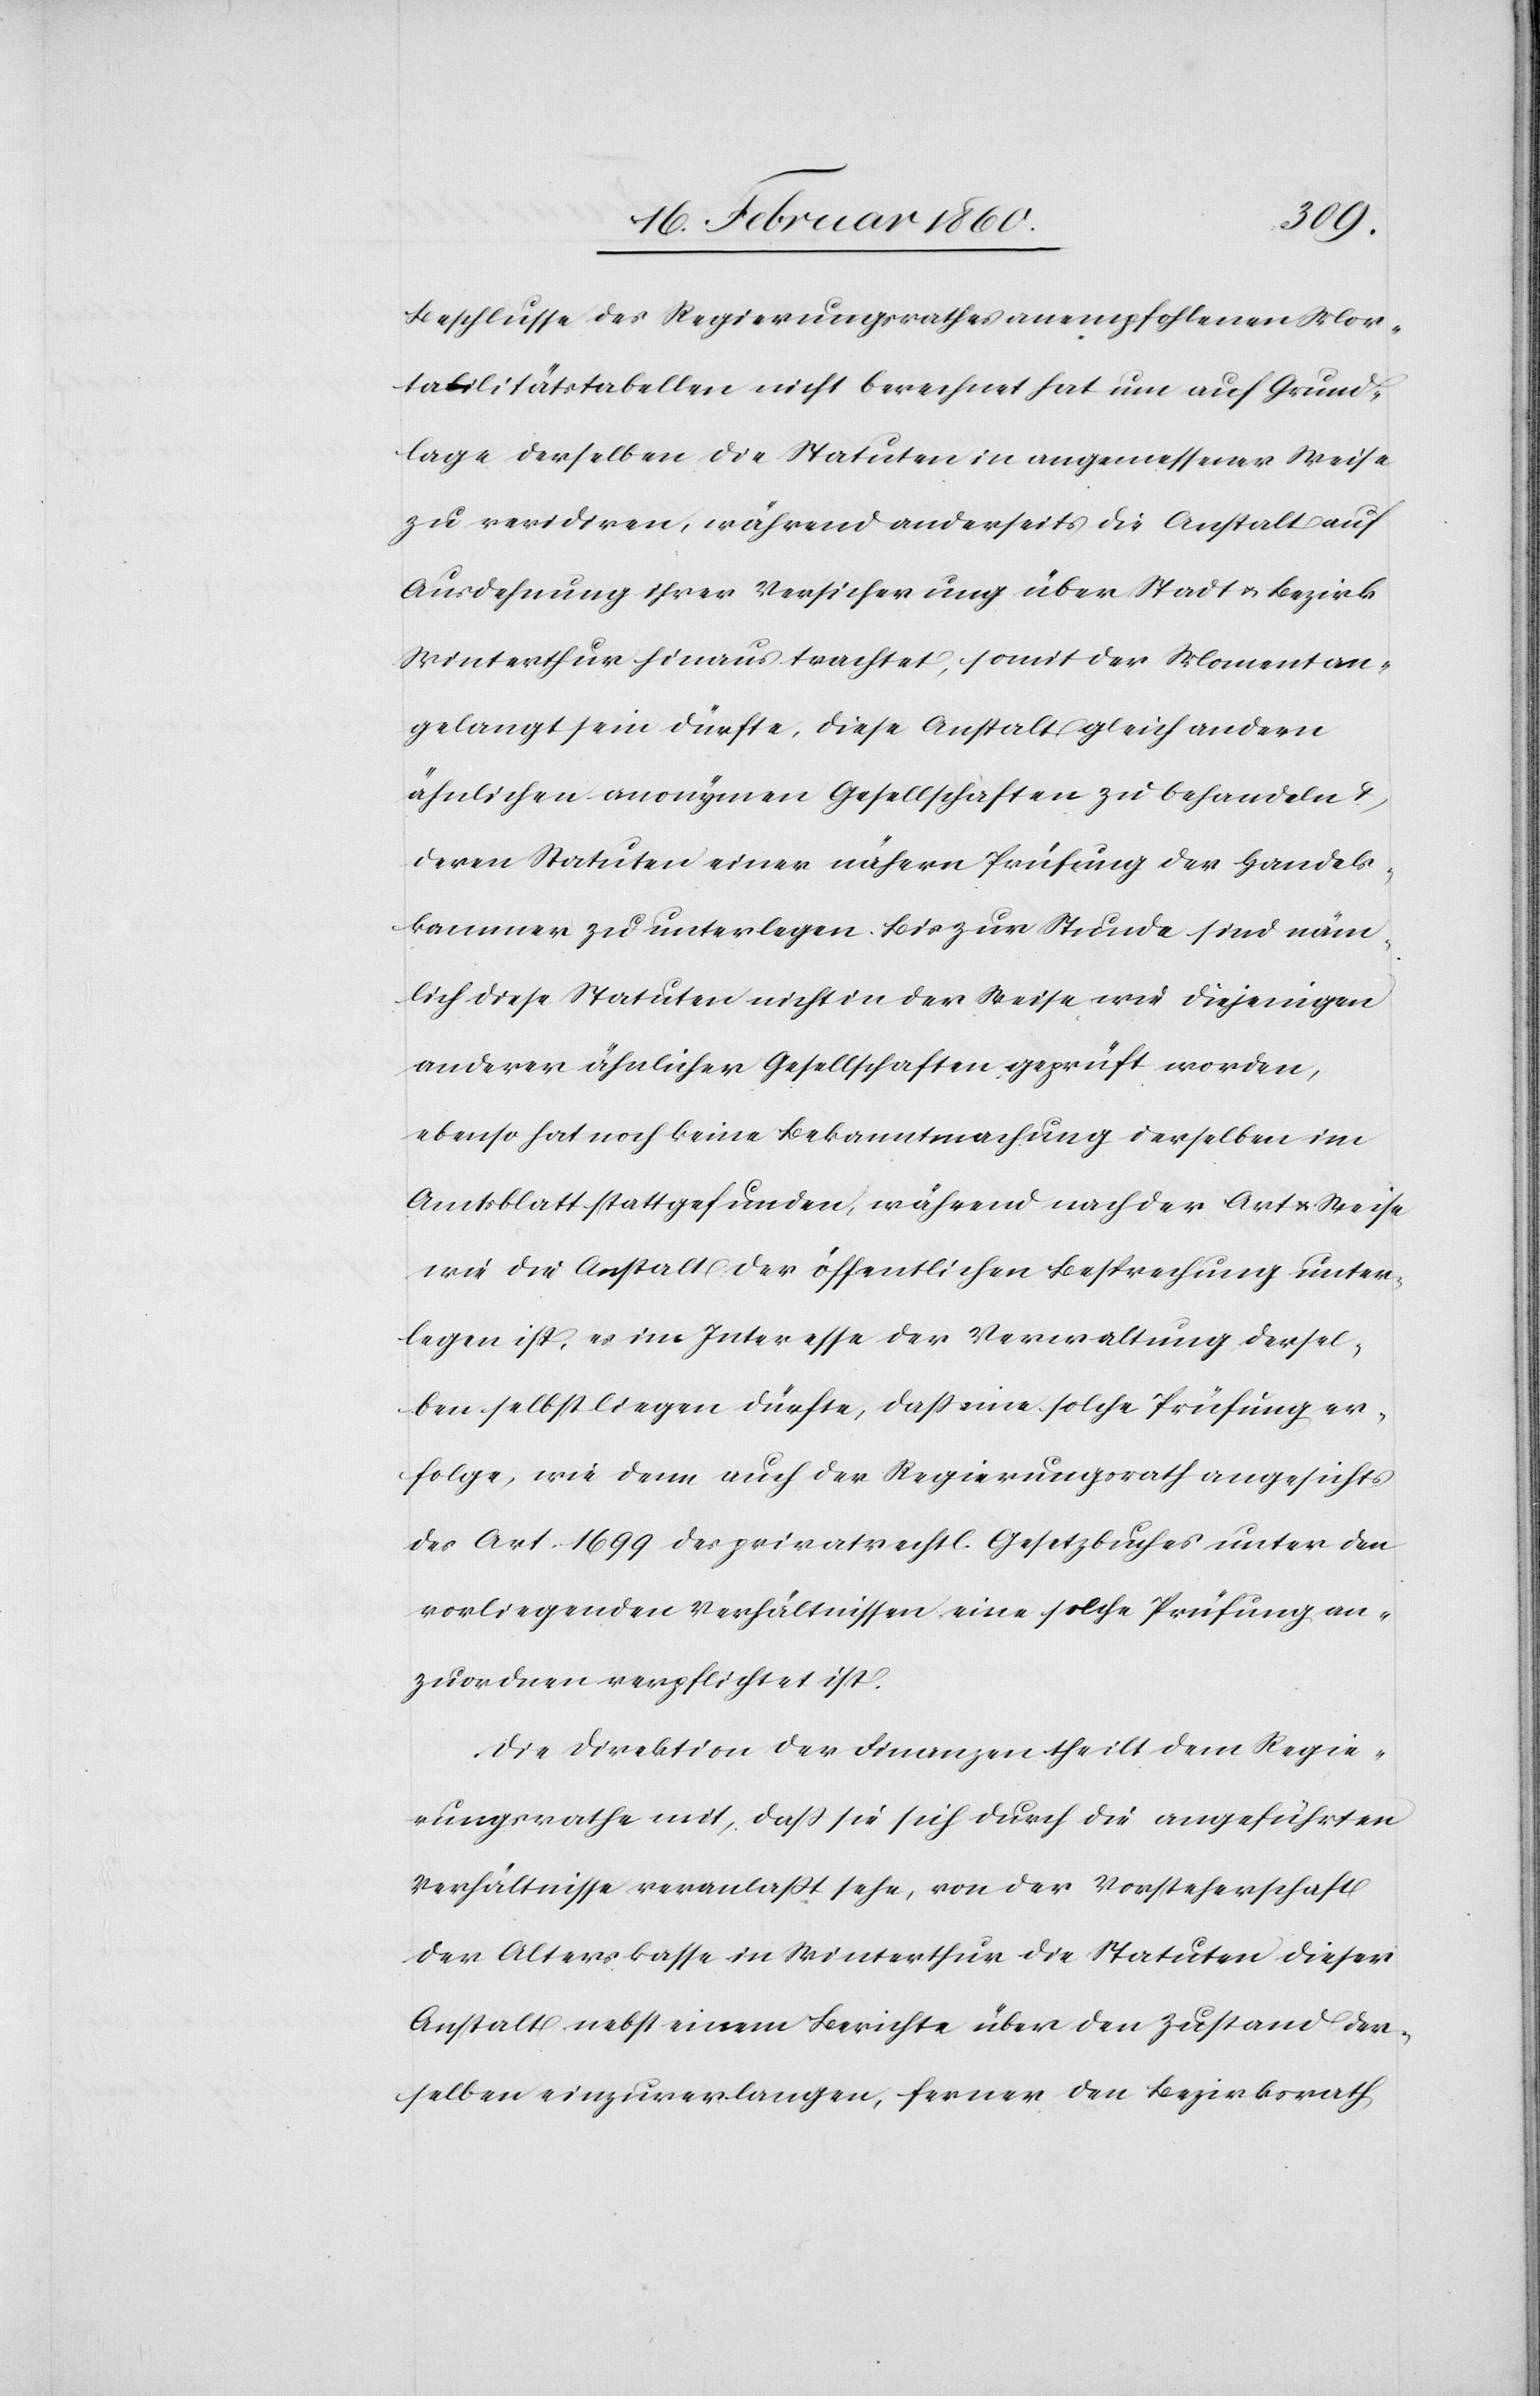
Beschlusse des Regierungsrathes anempfohlenen Mor¬
talitätstabellen nicht berechnet hat um auf Grund¬
lage derselben die Statuten in angemessener Weise
zu revidiren, während anderseits die Anstalt auf
Ausdehnung ihrer Versicherung über Stadt u. Bezirk
Winterthur hinaus trachtet, somit der Moment an¬
gelangt sein dürfte, diese Anstalt gleich andern
ähnlichen anonymen Gesellschaften zu behandeln u.
deren Statuten einer nähern Prüfung der Handels¬
kammer zu unterlegen. Bis zur Stunde sind näm¬
lich diese Statuten nicht in der Weise wie diejenigen
anderer ähnlicher Gesellschaften geprüft worden,
ebenso hat noch keine Bekanntmachung derselben im
Amtsblatt statt gefunden, während nach der Art u. Weise
wie die Anstalt der öffentlichen Besprechung unter¬
legen ist, es im Interesse der Verwaltung dersel¬
ben selbst liegen dürfte, dass eine solche Prüfung er¬
folge, wie denn auch der Regierungsrath angesichts
des Art. 1699 des privatrechtl. Gesetzbuches unter den
vorliegenden Verhältnissen eine solche Prüfung an¬
zuordnen verpflichtet ist.
Die Direktion der Finanzen theilt dem Regie¬
rungsrathe mit, dass sie sich durch die angeführten
Verhältnisse veranlasst sehe, von der Vorsteherschaft
der Alterskasse in Winterthur die Statuten dieser
Anstalt nebst einem Berichte über den Zustand der¬
selben einzuverlangen, ferner den Bezirksrath